Source: Handwritten
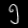
Digit: ၅ (5)